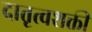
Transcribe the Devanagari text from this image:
दातृत्वशक्ती